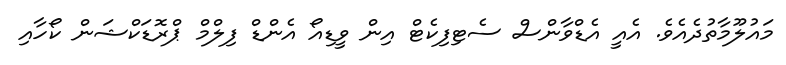
މައުލޫމާތުދެއެވެ. އެއީ އެޑްވާންސް ސެޓިފިކެޓް އިން ވީޑިއޯ އެންޑް ފިލްމް ޕްރޮޑަކްޝަން ކޯހާއި